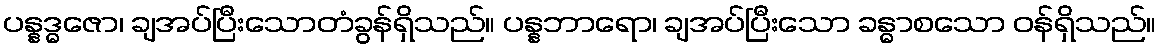
ပန္နဒ္ဓဇော၊ ချအပ်ပြီးသောတံခွန်ရှိသည်။ ပန္နဘာရော၊ ချအပ်ပြီးသော ခန္ဓာစသော ဝန်ရှိသည်။